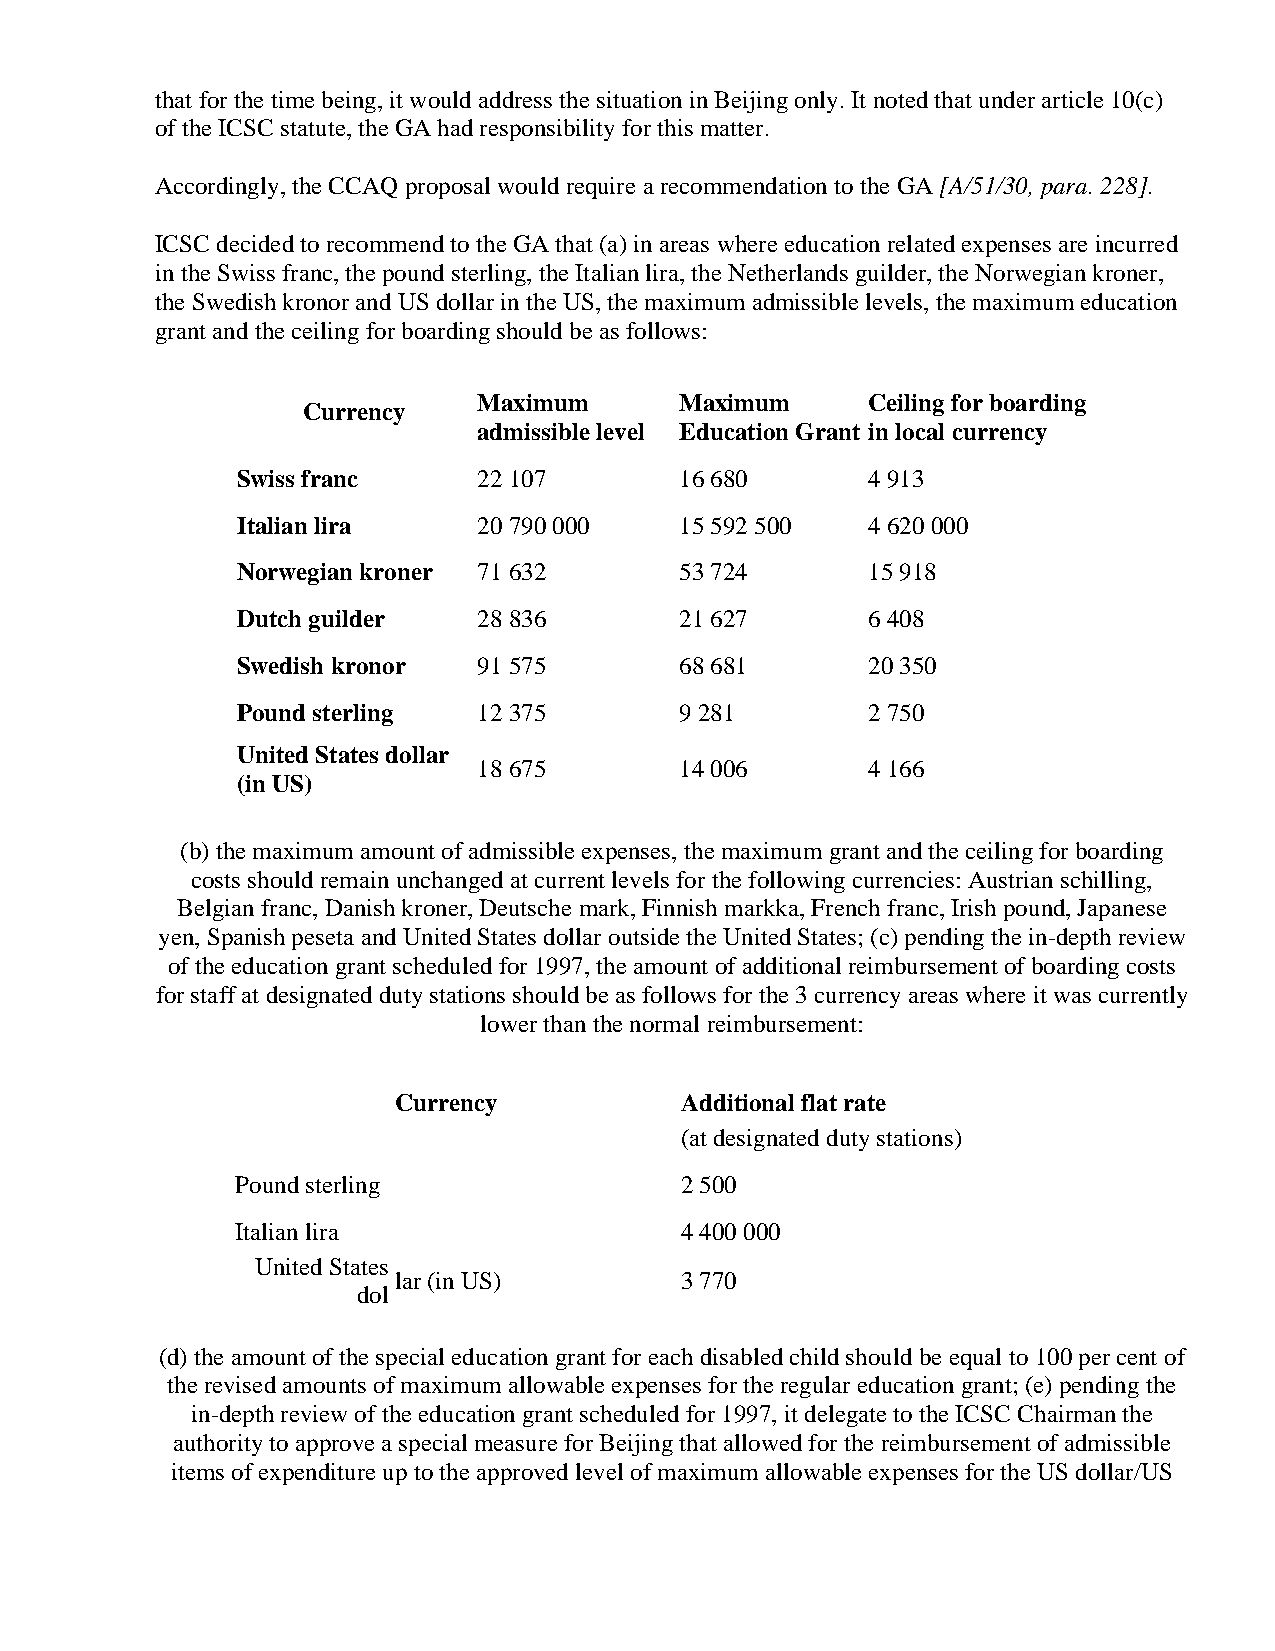
that for the time being, it would address the situation in Beijing only. It noted that under article 10(c)
 of the ICSC statute, the GA had responsibility for this matter.
 Accordingly, the CCAQ proposal would require a recommendation to the GA [A/51/30, para. 228].
 ICSC decided to recommend to the GA that (a) in areas where education related expenses are incurred
 in the Swiss franc, the pound sterling, the Italian lira, the Netherlands guilder, the Norwegian kroner,
 the Swedish kronor and US dollar in the US, the maximum admissible levels, the maximum education
 grant and the ceiling for boarding should be as follows:
 Maximum      Maximum     Ceiling for boarding
 Currency
 admissible level Education Grant in local currency
 Swiss franc     22 107       16 680      4 913
 Italian lira    20 790 000   15 592 500  4 620 000
 Norwegian kroner 71 632      53 724      15 918
 Dutch guilder   28 836       21 627      6 408
 Swedish kronor  91 575       68 681      20 350
 Pound sterling  12 375       9 281       2 750
 United States dollar
 18 675       14 006      4 166
 (in US)
 (b) the maximum amount of admissible expenses, the maximum grant and the ceiling for boarding
 costs should remain unchanged at current levels for the following currencies: Austrian schilling,
 Belgian franc, Danish kroner, Deutsche mark, Finnish markka, French franc, Irish pound, Japanese
 yen, Spanish peseta and United States dollar outside the United States; (c) pending the in-depth review
 of the education grant scheduled for 1997, the amount of additional reimbursement of boarding costs
 for staff at designated duty stations should be as follows for the 3 currency areas where it was currently
 lower than the normal reimbursement:
 Currency           Additional flat rate
 (at designated duty stations)
 Pound sterling               2 500
 Italian lira                 4 400 000
 United States
 lar (in US)        3 770
 dol
 (d) the amount of the special education grant for each disabled child should be equal to 100 per cent of
 the revised amounts of maximum allowable expenses for the regular education grant; (e) pending the
 in-depth review of the education grant scheduled for 1997, it delegate to the ICSC Chairman the
 authority to approve a special measure for Beijing that allowed for the reimbursement of admissible
 items of expenditure up to the approved level of maximum allowable expenses for the US dollar/US